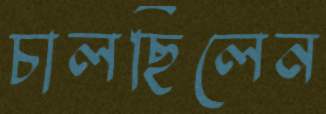
চালছিলেন